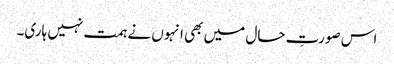
اس صورتِ حال میں بھی انہوں نے ہمت نہیں ہاری۔